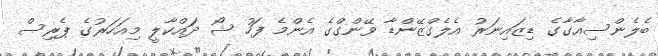
ބެލެންސިއާގާގެ ޑިޒައިނަރު އެލެގްޒޭންޑާ ވޭންގްގެ އެންމެ ފަހު ޝޯ ދައްކާލީ މިއަހަރުގެ ޕެރިސް